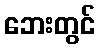
ဘေးတွင်